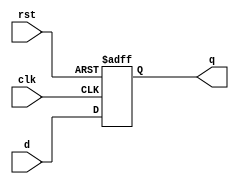
`timescale 1us / 1ns

module d_ff(
    d,
    clk,
    rst,
    q
);

input d;
input clk;
input rst;
output q;

wire d;
wire clk;
wire rst;
reg q;

always @(posedge clk or posedge rst) begin
    if (rst) begin
        q <= 0;
    end else begin
        q <= d;
    end
end

endmodule